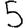
Digit: 5